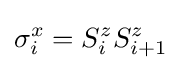
\sigma _{i}^{x}=S_{i}^{z}S_{i+1}^{z}